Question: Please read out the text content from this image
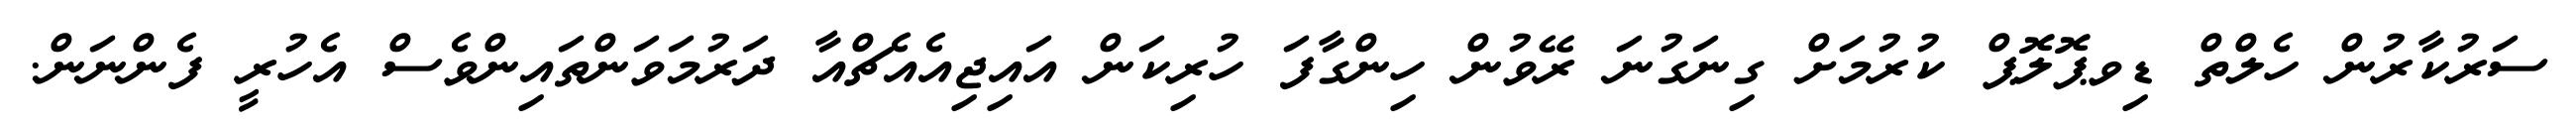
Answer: ސަރުކާރުން ހެލްތް ޑިވޕޮލޮޕް ކުރުމަށް ގިނަގުނަ ރޭވުން ހިންގާފަ ހުރިކަން އައިޖިއެއެޗްއާ ދަރުމަވަންތައިންވެސް އެހުރީ ފެންނަން.